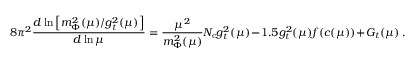
8 \pi ^ { 2 } \frac { d \ln \left[ m _ { \Phi } ^ { 2 } ( \mu ) / g _ { t } ^ { 2 } ( \mu ) \right] } { d \ln \mu } = \frac { \mu ^ { 2 } } { m _ { \Phi } ^ { 2 } ( \mu ) } N _ { \mathrm { c } } g _ { t } ^ { 2 } ( \mu ) - 1 . 5 g _ { t } ^ { 2 } ( \mu ) f ( c ( \mu ) ) + G _ { t } ( \mu ) \ .